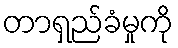
တာရှည်ခံမှုကို